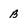
Character: B